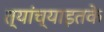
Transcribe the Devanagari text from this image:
त्यांच्याइतके